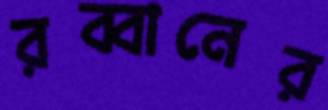
রব্বানের